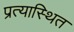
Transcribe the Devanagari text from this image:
प्रत्यास्थित